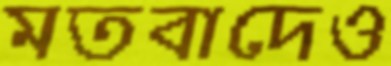
মতবাদেও